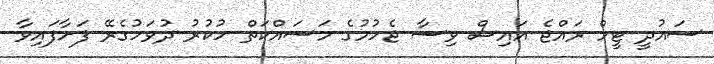
ސައުދީ ޓީމް ރައްޖެ އައިސް ވިސާ ޖެހުމުގެ މަސައްކަތް ހުކުރު ދުވަހުގެރޭ ފަށާފައިވާ